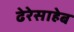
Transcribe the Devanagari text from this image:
ढेरेसाहेब